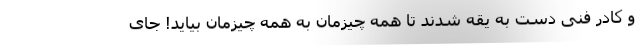
و کادر فنی دست به یقه شدند تا همه چیزمان به همه چیزمان بیاید! جای